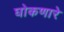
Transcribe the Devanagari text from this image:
घोकणारे